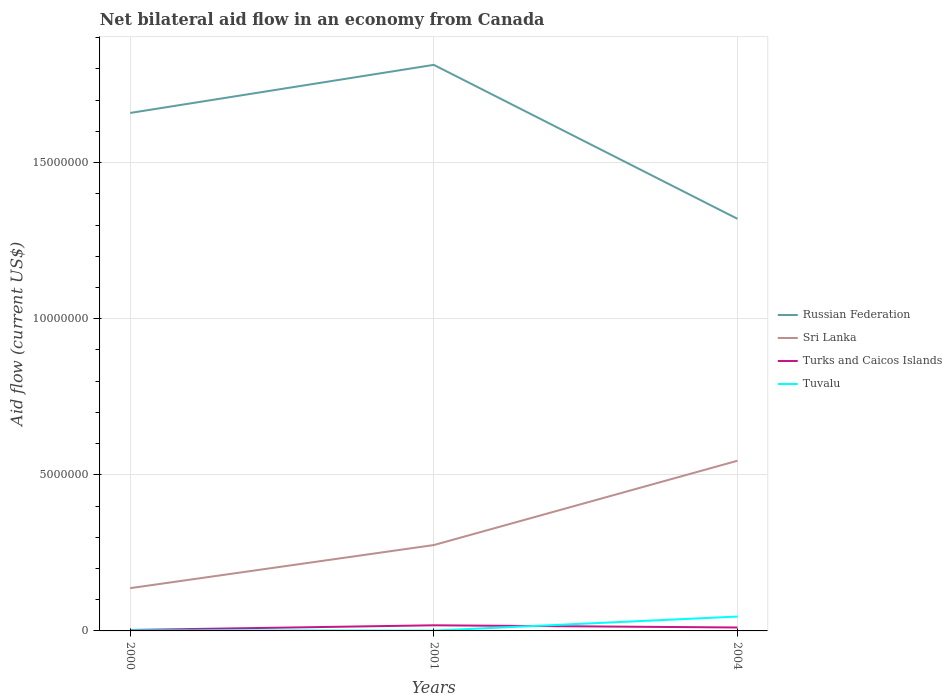
| Years | Russian Federation | Sri Lanka | Turks and Caicos Islands | Tuvalu |
 | --- | --- | --- | --- | --- |
 | 2000 | 1.66e+07 | 1.37e+06 | 3e+04 | 2e+04 |
 | 2001 | 1.81e+07 | 2.75e+06 | 1.8e+05 | 1e+04 |
 | 2004 | 1.32e+07 | 5.45e+06 | 1.1e+05 | 4.6e+05 |